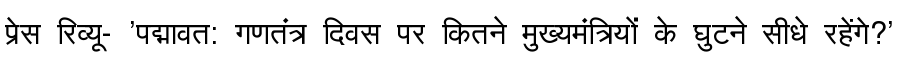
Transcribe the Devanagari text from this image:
प्रेस रिव्यू- 'पद्मावत: गणतंत्र दिवस पर कितने मुख्यमंत्रियों के घुटने सीधे रहेंगे?'